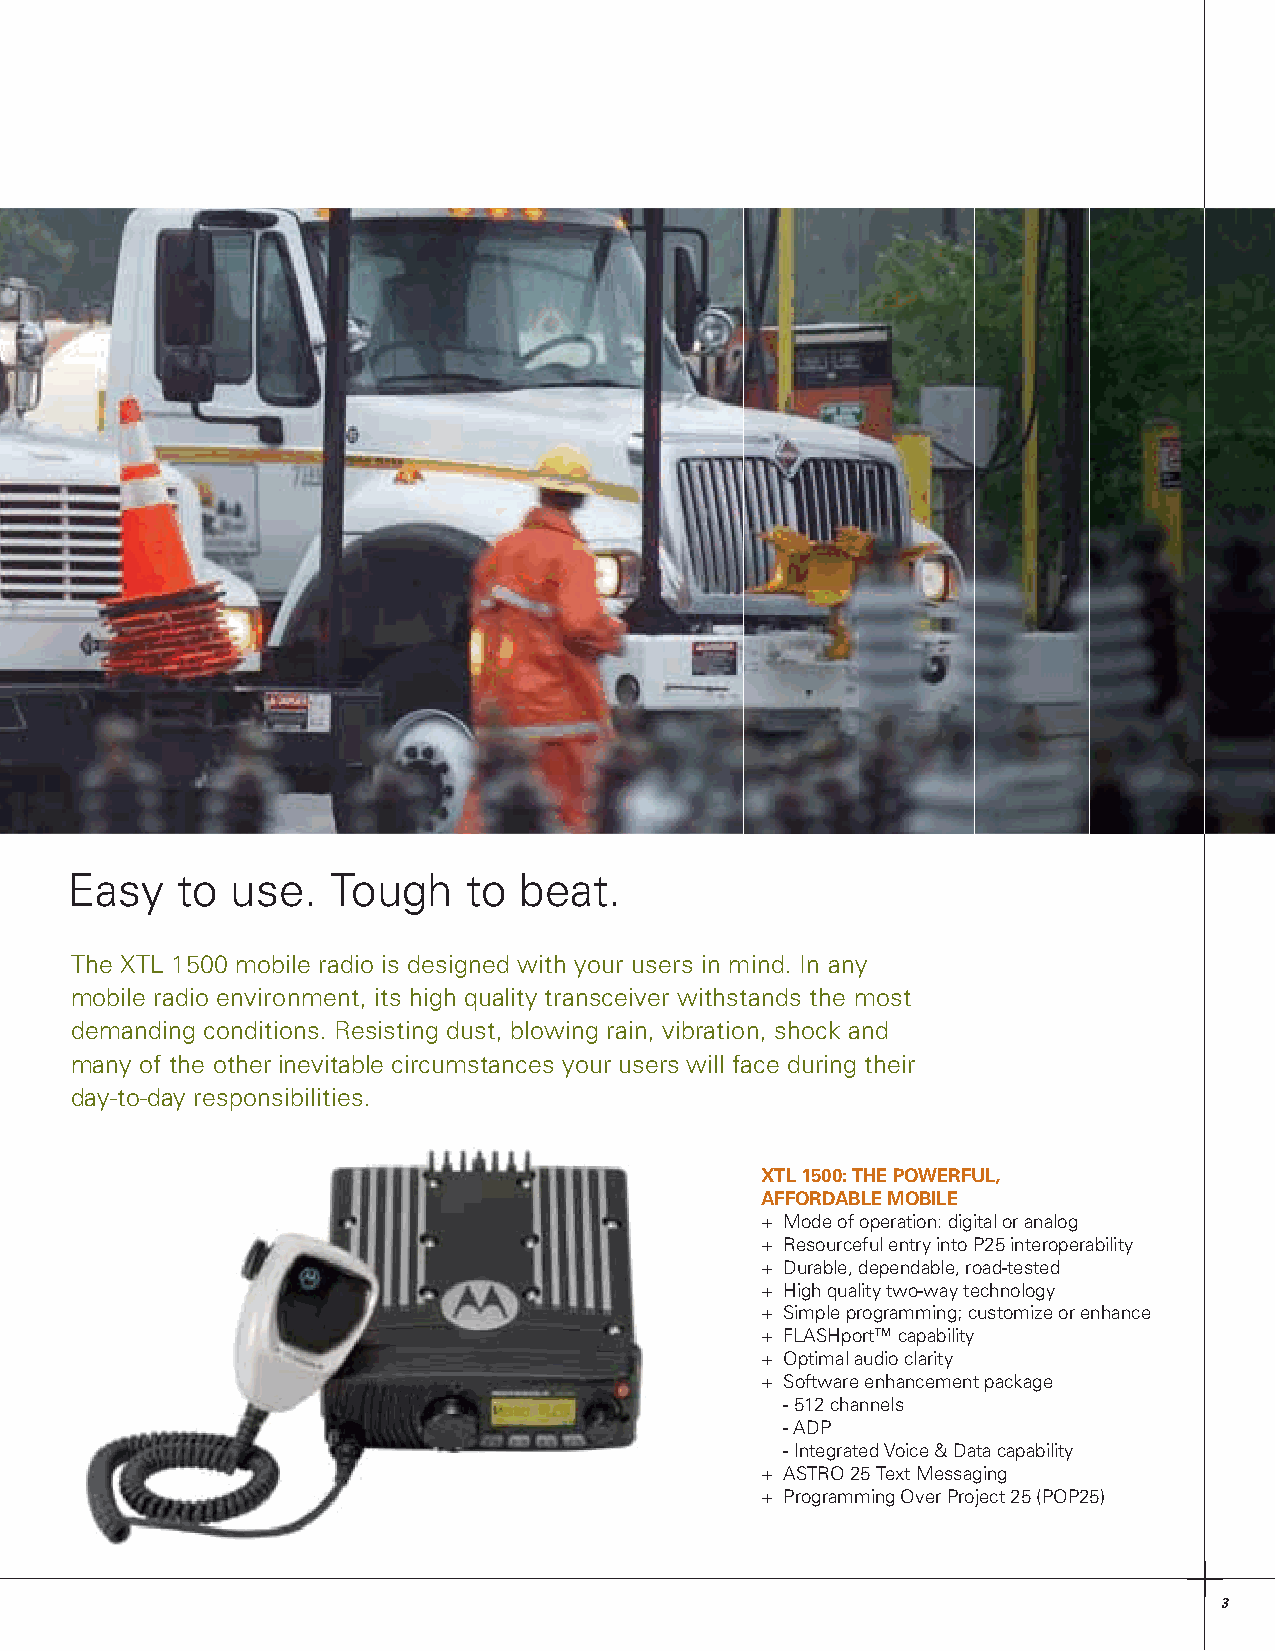
E asy   to use.   Tough    to beat.
 The XTL 1500 mobile radio is designed with your users in mind. In any
 mobile radio environment, its high quality transceiver withstands the most
 demanding conditions. Resisting dust, blowing rain, vibration, shock and
 many of the other inevitable circumstances your users will face during their
 day-to-day responsibilities.
 XTL 1500: THE POWERFUL,
 AFFORDABLE MOBILE
 + Mode of operation: digital or analog
 + Resourceful entry into P25 interoperability
 + Durable, dependable, road-tested
 + High quality two-way technology
 + Simple programming; customize or enhance
 + FLASHport™ capability
 + Optimal audio clarity
 + Software enhancement package
 - 512 channels
 - ADP
 - Integrated Voice & Data capability
 + ASTRO 25 Text Messaging
 + Programming Over Project 25 (POP25)
 3